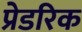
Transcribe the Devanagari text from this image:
प्रेडरिक